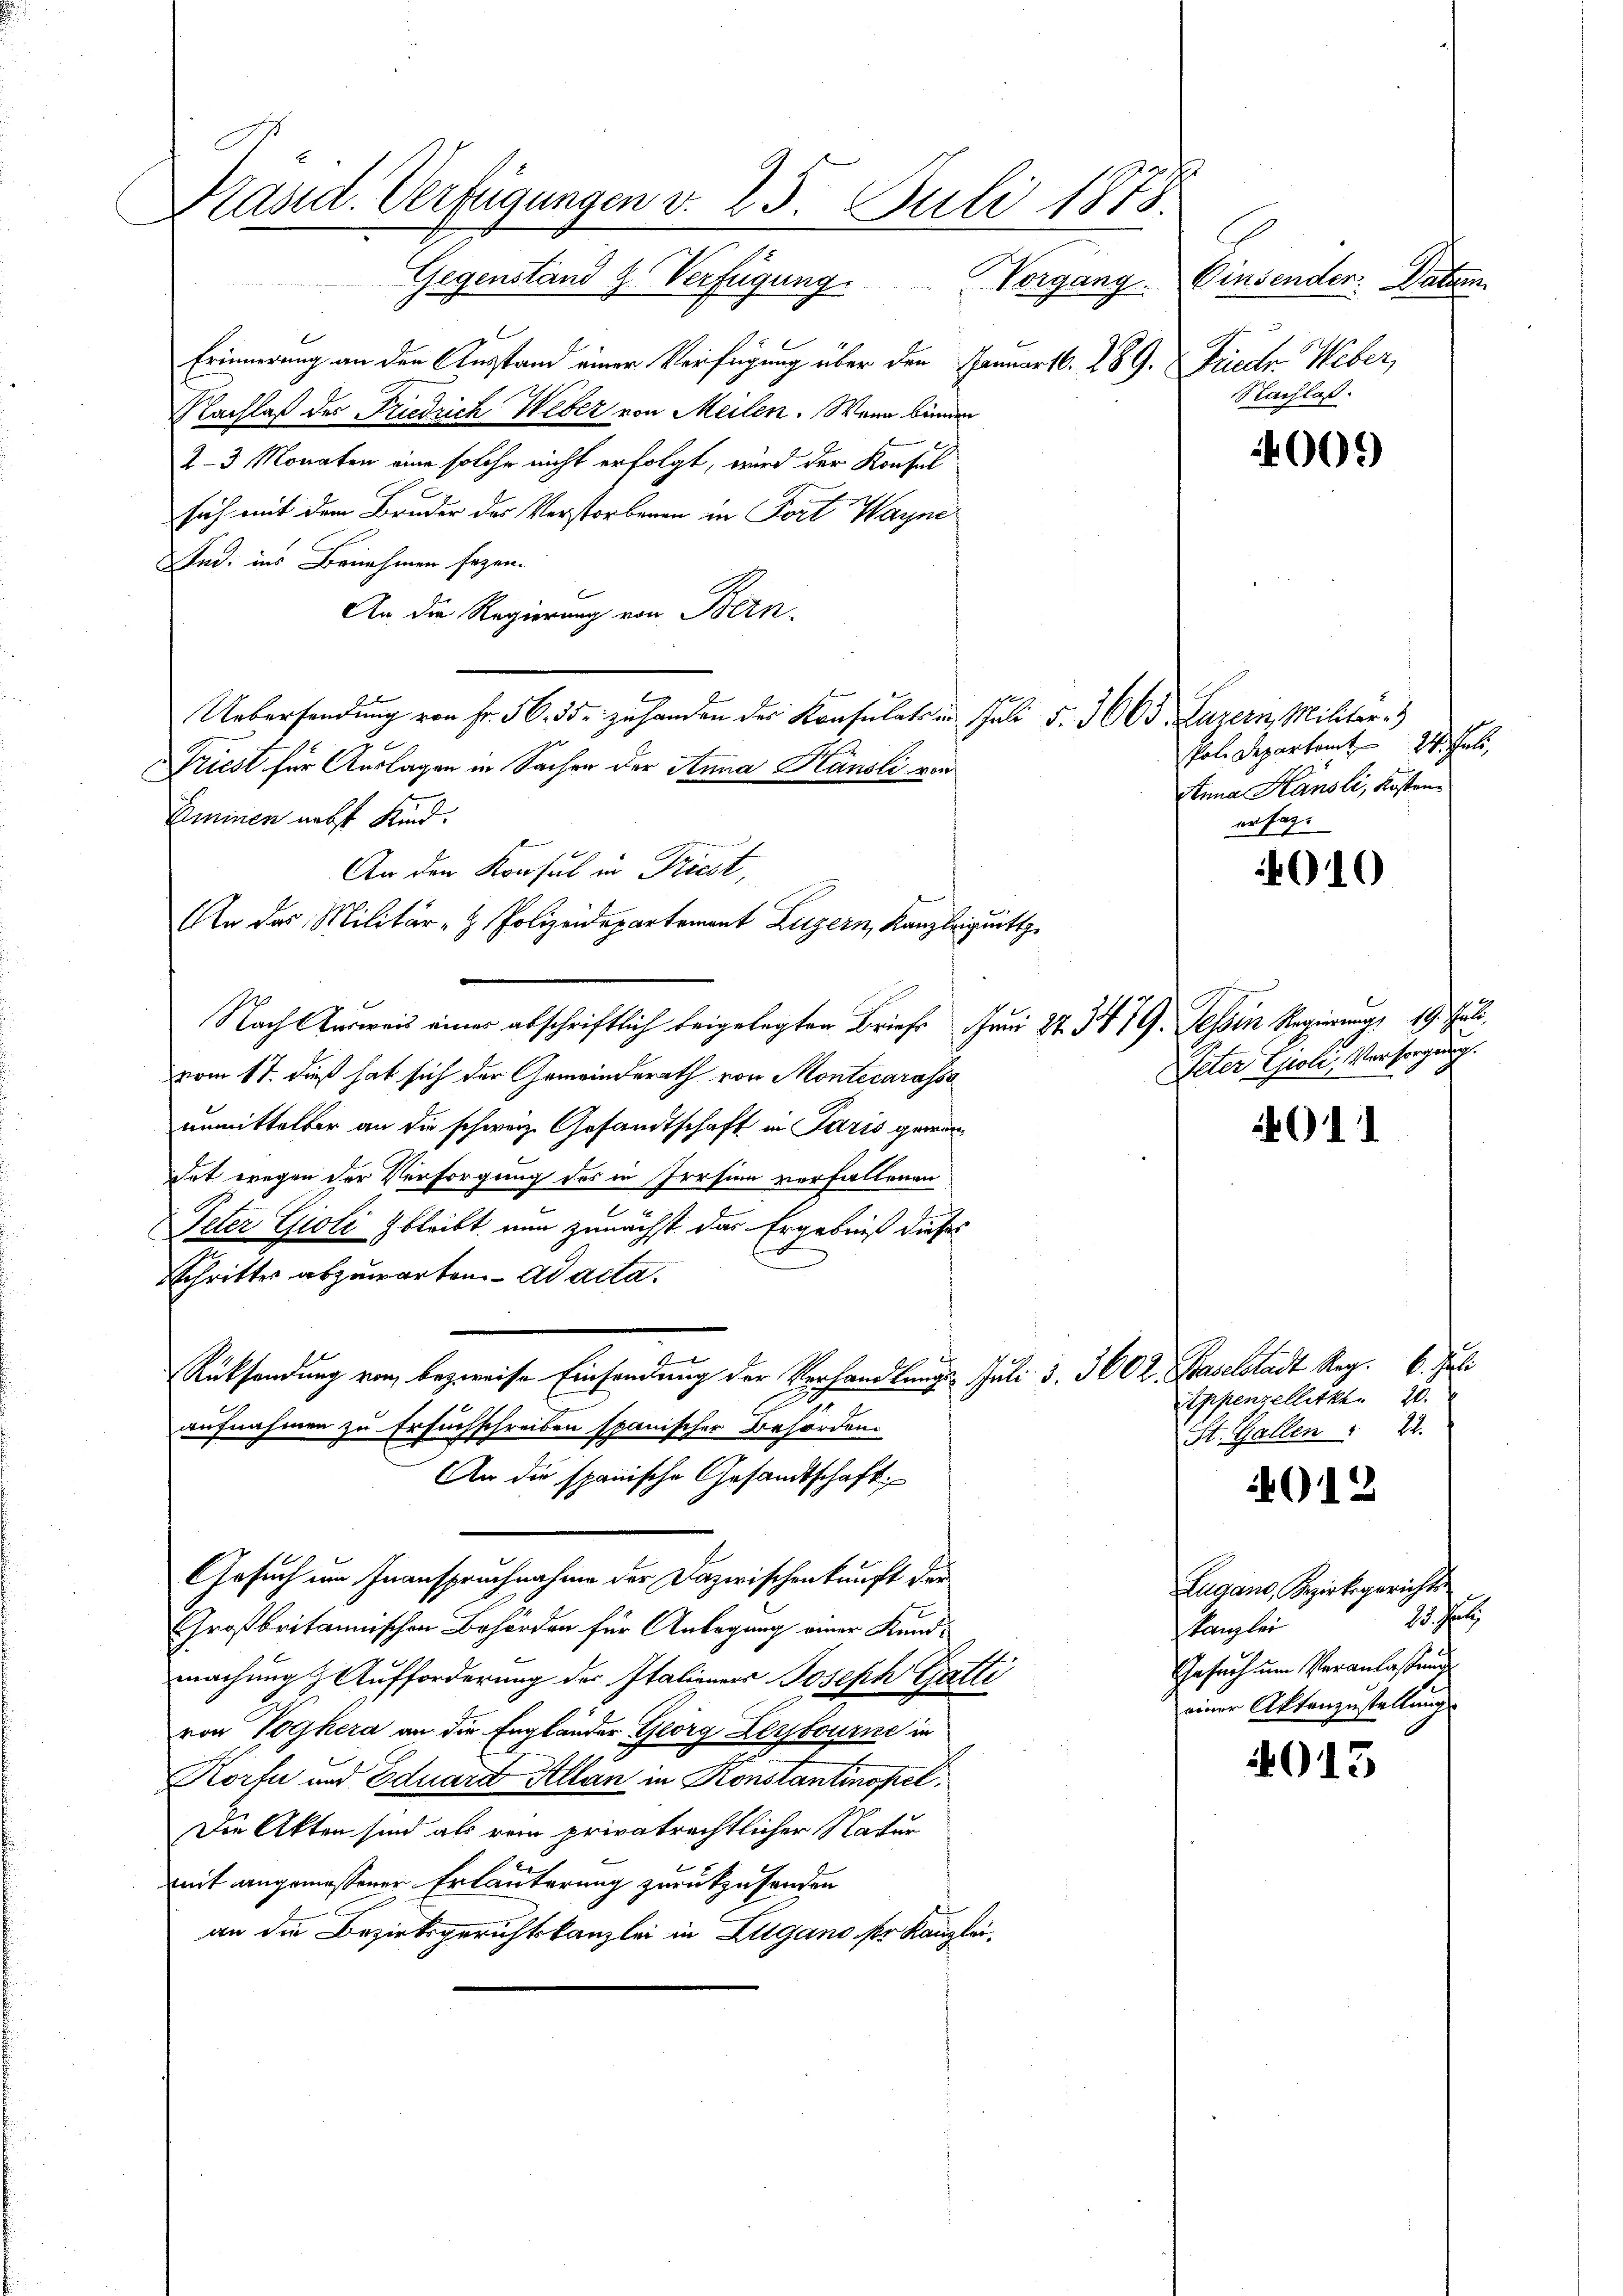
Präsid. Verfügungen v. 25. Juli 1873.
Gegenstand z. Verfügung. Vorgang. Einsenden Datum

Erinnerung an den Ausstand einer Verfügung über den Januart. 289. Friedr. Weber,
Nachlaß des Friedrich Weber von Meilen. Wenn bunden
2-3 Monaten eine solche nicht erfolgt, wird der Konsul
sich mit dem Bruder des Verstorbenen in Fort Wayne
nd. ins Benehmen sagen.
An die Regierung von Bern.
Uebersendung von Fr. 56. 35. zu handen des Konsulats in Juli d. 3665. Luzern, Militar-
Triest für Auslagen in Sachen der Anna Känsli von
Eminen nebst Kind.
An den Konsul in Triest,
An das Militär- & Polizeidepartement Luzern, Kanzleignitt
Nach Ausweis einer abschriftlich beigelegten Brief Juni 27. 347 G. Tessin Regierung, 19. Juli
vom 17. dieß hat sich der Gemeinderath von Montecarassa
unmittelbar an die schweiz. Gesandtschaft in Paris gewärdet wegen der Versorgung des in Irrsinn verfallenen
2
Peter Gioli bleibt nun zunächst das Ergebniß dieses
Schritters abzuwarten. ad acta.
Rücksendung von bezweise Einsendung der Verhandlungs- Juli 3. 360 Z. Baselstadt Reg. 6. Juli
aufnahmen zu Ersuchschreiben spanischer Behörden.
An die spanische Gesandtschaft
Gesuch um Inanspruchnahme der Dazwischenkunft der
Großbritannischen Behörden für Anlegung einer Kundmachung & Aufforderung des Italieners Joseph Gatti
von Voghera an die Engländer Geörg Leybourne in
Korfe und Eduard Allen in Konstantinopel.
Die Akten sind als rein privatrechtlicher Natur
mit angemessener Erläuterung zurückzusenden
an die Bezirksgerichtskanzlei in Zugano ser Kanzlei

Nachlaß.

400.

Pol. Departamt Wald,
Anna Hansli, Kostenersag

010

Veter Goli, Versorgung.

011

Appenzellitkt 20.
St. Gallen " 22.

012

Lagand, Bezirksgerichts
15. Jetz
Kanzlei
Gesuch um Veranlassung
einer Aktenzustellung

4015